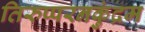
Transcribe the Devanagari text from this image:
तिरुप्परनकुंद्रम